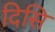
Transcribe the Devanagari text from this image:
दिसि